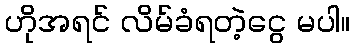
ဟိုအရင် လိမ်ခံရတဲ့ငွေ မပါ။